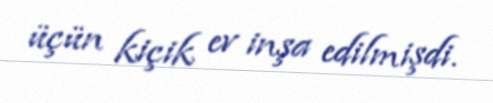
üçün kiçik ev inşa edilmişdi.